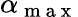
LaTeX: \alpha_{\mathrm{~m~a~x~}}